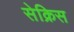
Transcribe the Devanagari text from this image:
सेक्रिस